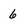
Character: 6